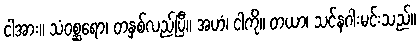
ငါအား။ သံဝစ္ဆရော၊ တနှစ်လည်ပြီ။ အဟံ၊ ငါကို။ တယာ၊ သင်နဂါးမင်းသည်။